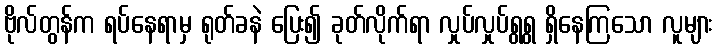
ဗိုလ်တွန်က ရပ်နေရာမှ ရုတ်ခနဲ ပြေး၍ ခုတ်လိုက်ရာ လှုပ်လှုပ်ရွရွ ရှိနေကြသော လူများ